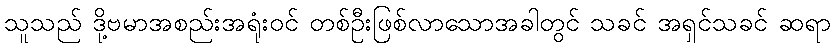
သူသည် ဒို့ဗမာအစည်းအရုံးဝင် တစ်ဦးဖြစ်လာသောအခါတွင် သခင် အရှင်သခင် ဆရာ